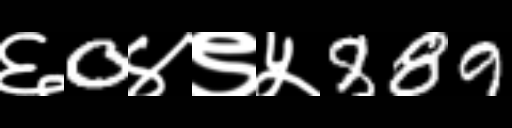
Text: ६0४९५889